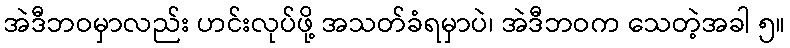
အဲဒီဘဝမှာလည်း ဟင်းလုပ်ဖို့ အသတ်ခံရမှာပဲ၊ အဲဒီဘဝက သေတဲ့အခါ ၅။